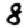
Digit: 8